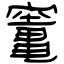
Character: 竃